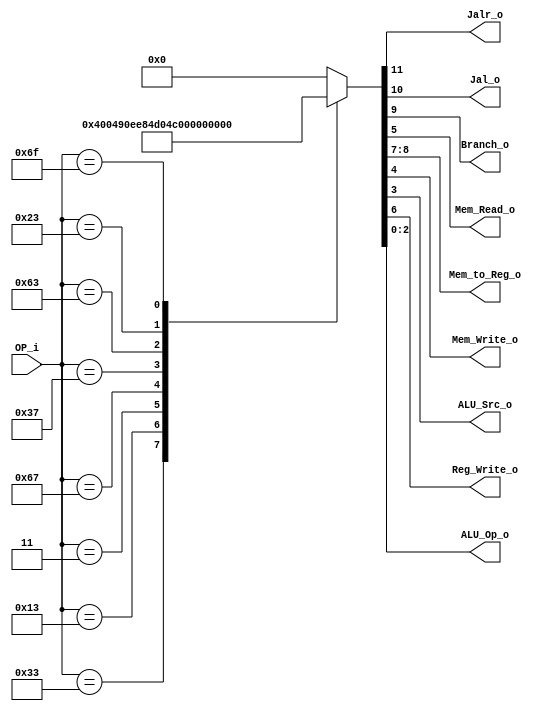
/******************************************************************
* Description
*	This is control unit for the RISC-V Microprocessor. The control unit is 
*	in charge of generation of the control signals. Its only input 
*	corresponds to opcode from the instruction bus.
*	1.0
* Author:
*	Dr. Jos Luis Pizano Escalante
* email:
*	luispizano@iteso.mx
* Date:
*	16/08/2021
******************************************************************/
module Control
(
	input [6:0]OP_i,
	
	output Jalr_o,
	output Jal_o,
	output Branch_o,
	output Mem_Read_o,
	output [1:0] Mem_to_Reg_o,
	output Mem_Write_o,
	output ALU_Src_o,
	output Reg_Write_o,
	output [2:0]ALU_Op_o
);

localparam R_Type				= 7'h33;

localparam I_Type_Logic 	= 7'h13;
localparam I_Type_LW			= 7'h03;
localparam I_Type_JALR		= 7'h67;

localparam U_Type 			= 7'h37;

localparam B_Type 			= 7'h63;

localparam S_Type 			= 7'h23;

localparam J_Type 			= 7'h6f;

reg [11:0] control_values;

always@(OP_i) begin

	case(OP_i)
														 //098_76_54_3_210
		R_Type:				control_values = 12'b000_00_1_00_0_000;
		
		I_Type_Logic: 		control_values = 12'b000_00_1_00_1_001;
		I_Type_LW:			control_values = 12'b000_01_1_10_1_110;
		I_Type_JALR:		control_values = 12'b100_00_1_00_1_101;
		
		U_Type: 				control_values = 12'b000_00_1_00_1_010;
		
		B_Type:				control_values = 12'b001_00_0_00_0_100;
		
		S_Type:				control_values = 12'b000_01_0_01_1_011;
		
		J_Type:				control_values = 12'b010_10_1_00_1_111;
		
		default:				control_values = 12'b000_00_0_000;
			
	endcase
		
end

assign Jalr_o = control_values[11];

assign Jal_o = control_values[10];	

assign Branch_o = control_values[9];

assign Mem_to_Reg_o = control_values[8:7];

assign Reg_Write_o = control_values[6];

assign Mem_Read_o = control_values[5];

assign Mem_Write_o = control_values[4];

assign ALU_Src_o = control_values[3];

assign ALU_Op_o = control_values[2:0];	

endmodule